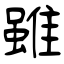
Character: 雖